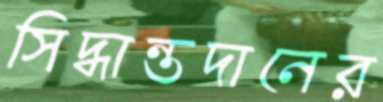
সিদ্ধান্তদানের